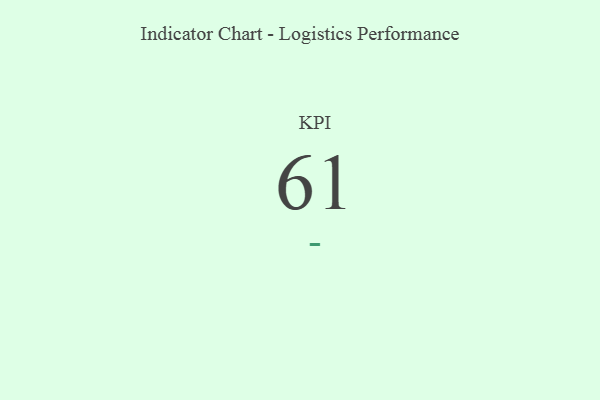
{"axis": {"x": "KPI", "y": "Value"}, "legend": [""], "data": [{"x": "KPI", "y": 61, "type": ""}]}